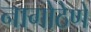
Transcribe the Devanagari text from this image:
नागोठेणे